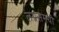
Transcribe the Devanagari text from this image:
लग्नसमयी